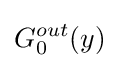
G_{0}^{out}(y)